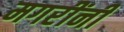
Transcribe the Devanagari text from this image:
मगरींनी